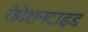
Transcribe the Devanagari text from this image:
रोगेशनटाइड